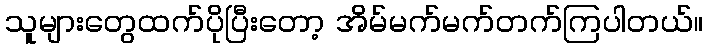
သူများတွေထက်ပိုပြီးတော့ အိမ်မက်မက်တက်ကြပါတယ်။